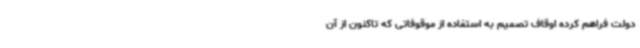
دولت فراهم کرده اوقاف تصمیم به استفاده از موقوفاتی که تاکنون از آن